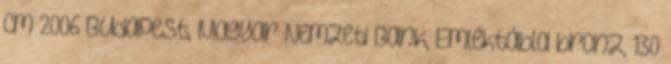
cm 2006 Budapest, Magyar Nemzeti Bank, Emléktábla bronz, 130